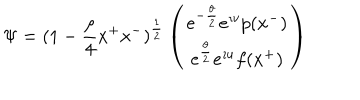
\Psi = ( 1 - { \frac { \rho } { 4 } } x ^ { + } x ^ { - } ) ^ { \frac { 1 } { 2 } } \left( \begin{array} { c } { { e ^ { - { \frac { \theta } { 2 } } } e ^ { \imath v } p ( x ^ { - } ) } } \\ { { e ^ { { \frac { \theta } { 2 } } } e ^ { \imath u } f ( x ^ { + } ) } } \\ \end{array} \right)